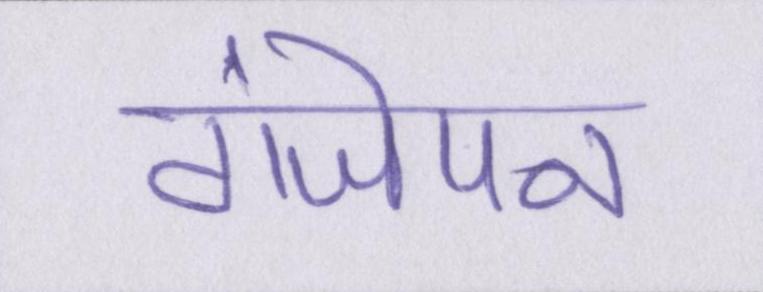
गंजेपन